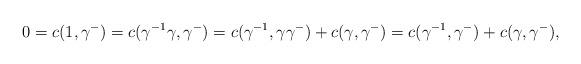
LaTeX: \begin{align*}0=c(1,\gamma^-)=c(\gamma^{-1}\gamma,\gamma^-)=c(\gamma^{-1},\gamma\gamma^-)+c(\gamma,\gamma^-)=c(\gamma^{-1},\gamma^-)+c(\gamma,\gamma^-),\end{align*}